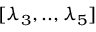
[ \lambda _ { 3 } , . . , \lambda _ { 5 } ]